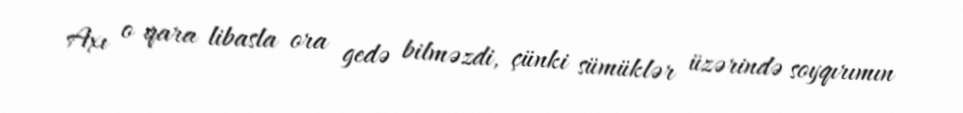
Axı o qara libasla ora gedə bilməzdi, çünki sümüklər üzərində soyqırımın